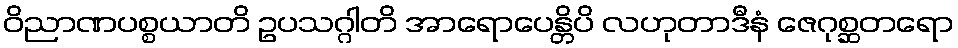
ဝိညာဏပစ္စယာတိ ဥပသဂ္ဂါတိ အာရောပေန္တိပိ လဟုတာဒီနံ ဇေဂုစ္ဆတရော